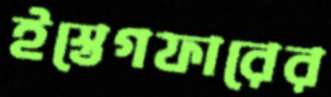
ইস্তেগফারের